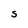
Character: s